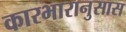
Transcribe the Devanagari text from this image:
कारभारानुसास